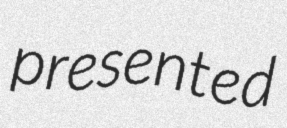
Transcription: presented